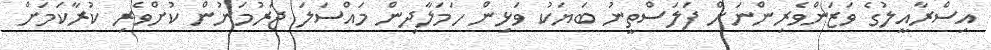
އިސްރާއީލުގެ ވަޒަންވެރިންނަށް ފަލަސްތީނު ބަޔަކު ވަޅިން ހަމަލާދިން މައްސަލަ ޖަރުމަނުން ކުށްވެރި ކުރާކަމަށް